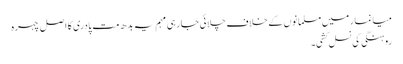
میانمار میں مسلمانوں کے خلاف چلائی جارہی مہم یہ بدھ مت پادری کا اصل چہرہ
روہنگی کی نسل کشی۔